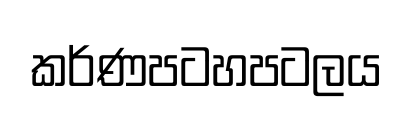
කර්ණපටහපටලය